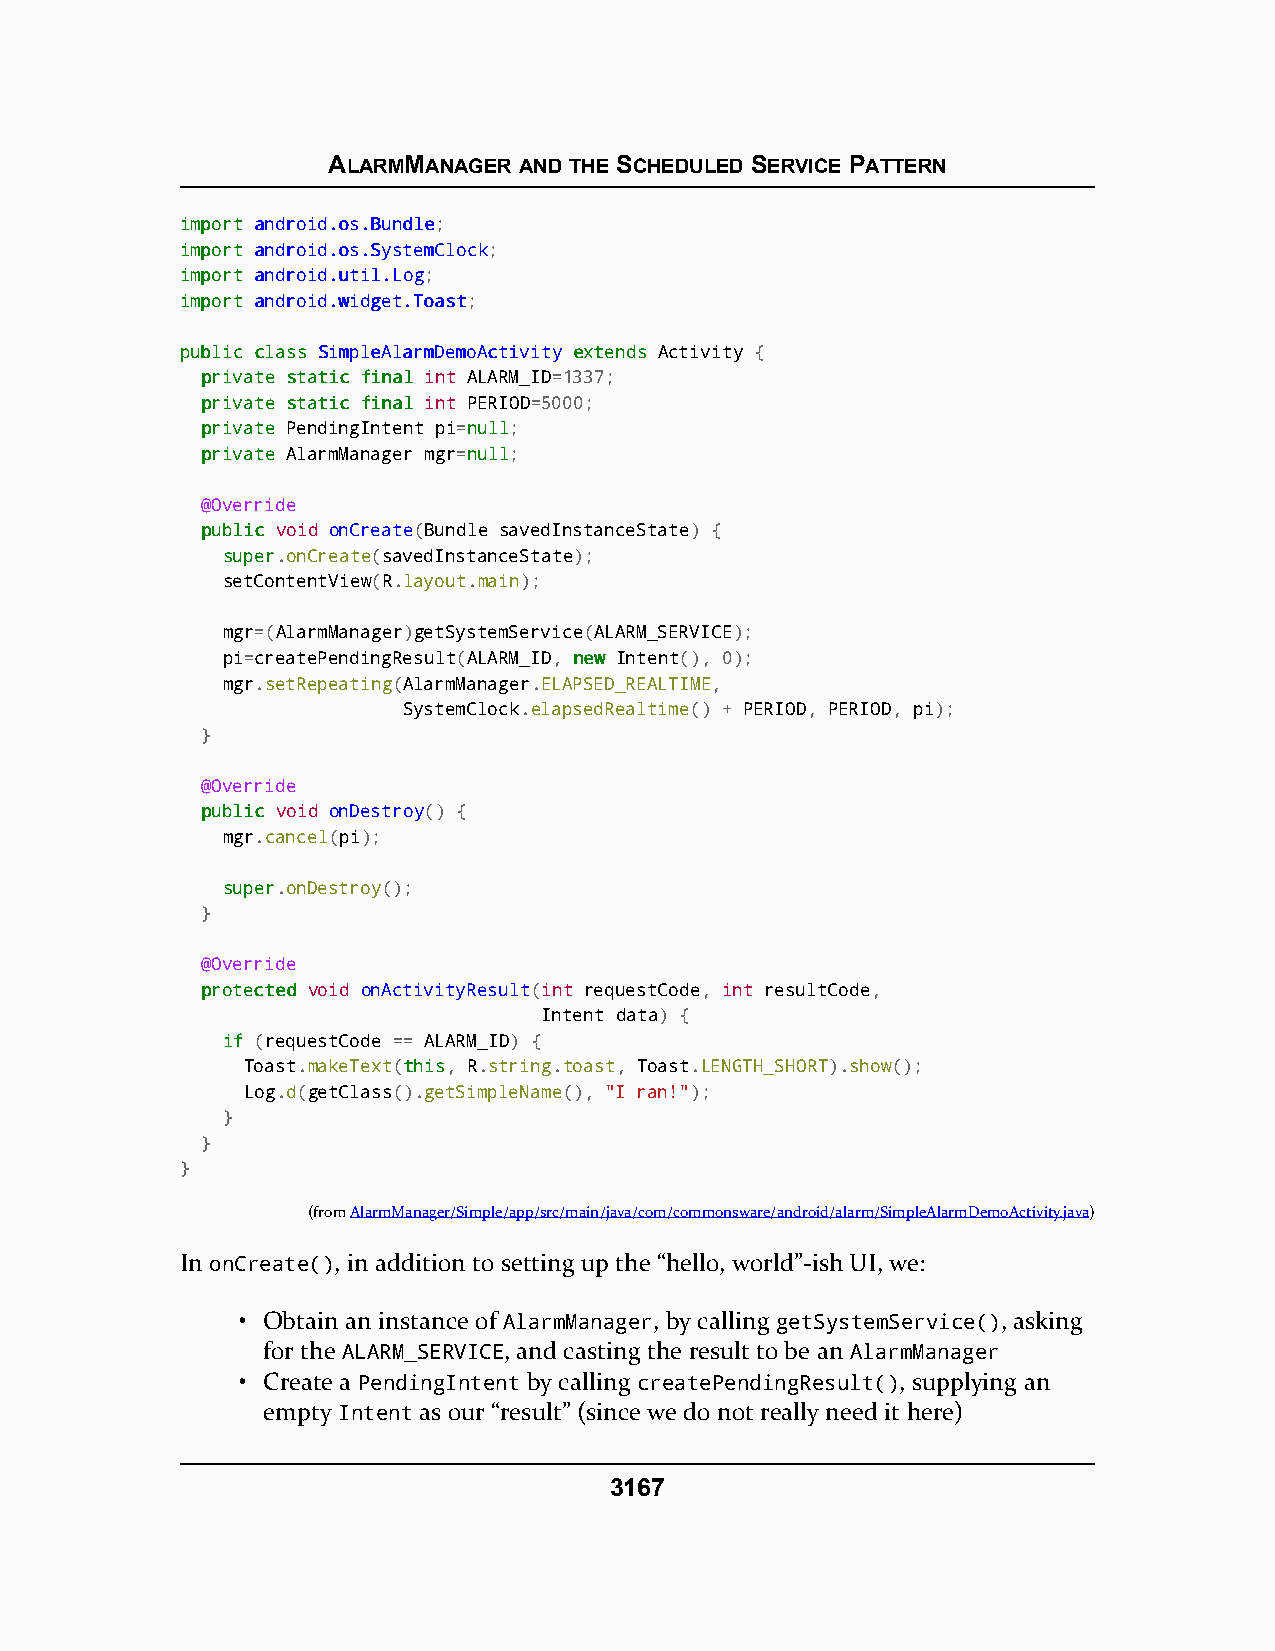
ALARMMANAGER AND THE SCHEDULED SERVICE PATTERN
 iimmppoorrtt aannddrrooiidd..ooss..BBuunnddllee;
 iimmppoorrtt aannddrrooiidd..ooss..SSyysstteemmCClloocckk;
 iimmppoorrtt aannddrrooiidd..uuttiill..LLoogg;
 iimmppoorrtt aannddrrooiidd..wwiiddggeett..TTooaasstt;
 ppuubblliicc ccllaassss SSiimmpplleeAAllaarrmmDDeemmooAAccttiivviittyy eexxtteennddss Activity {
 pprriivvaattee ssttaattiicc ffiinnaall int ALARM_ID=1337;
 pprriivvaattee ssttaattiicc ffiinnaall int PERIOD=5000;
 pprriivvaattee PendingIntent pi=nnuullll;
 pprriivvaattee AlarmManager mgr=nnuullll;
 @Override
 ppuubblliicc void onCreate(Bundle savedInstanceState) {
 ssuuppeerr.onCreate(savedInstanceState);
 setContentView(R.layout.main);
 mgr=(AlarmManager)getSystemService(ALARM_SERVICE);
 pi=createPendingResult(ALARM_ID, nneeww Intent(), 0);
 mgr.setRepeating(AlarmManager.ELAPSED_REALTIME,
 SystemClock.elapsedRealtime() + PERIOD, PERIOD, pi);
 }
 @Override
 ppuubblliicc void onDestroy() {
 mgr.cancel(pi);
 ssuuppeerr.onDestroy();
 }
 @Override
 pprrootteecctteedd void onActivityResult(int requestCode, int resultCode,
 Intent data) {
 iiff (requestCode == ALARM_ID) {
 Toast.makeText(tthhiiss, R.string.toast, Toast.LENGTH_SHORT).show();
 Log.d(getClass().getSimpleName(), "I ran!");
 }
 }
 }
 (fromAlarmManager/Simple/app/src/main/java/com/commonsware/android/alarm/SimpleAlarmDemoActivity.java)
 In onCreate(), in addition to setting up the “hello, world”-ish UI, we:
 • Obtain an instance of AlarmManager, by calling getSystemService(), asking
 for the ALARM_SERVICE, and casting the result to be an AlarmManager
 • Create a PendingIntent by calling createPendingResult(), supplying an
 empty Intent as our “result” (since we do not really need it here)
 3167